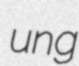
ung